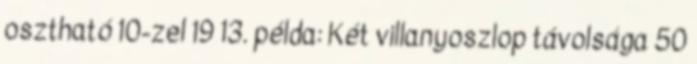
osztható 10-zel 19 13. példa: Két villanyoszlop távolsága 50